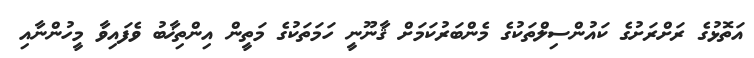
އަތޮޅުގެ ރަށްރަށުގެ ކައުންސިލްތަކުގެ މެންބަރުކަމަށް ޤާނޫނީ ހަމަތަކުގެ މަތީން އިންތިޚާބު ވެފައިވާ މީހުންނާއި